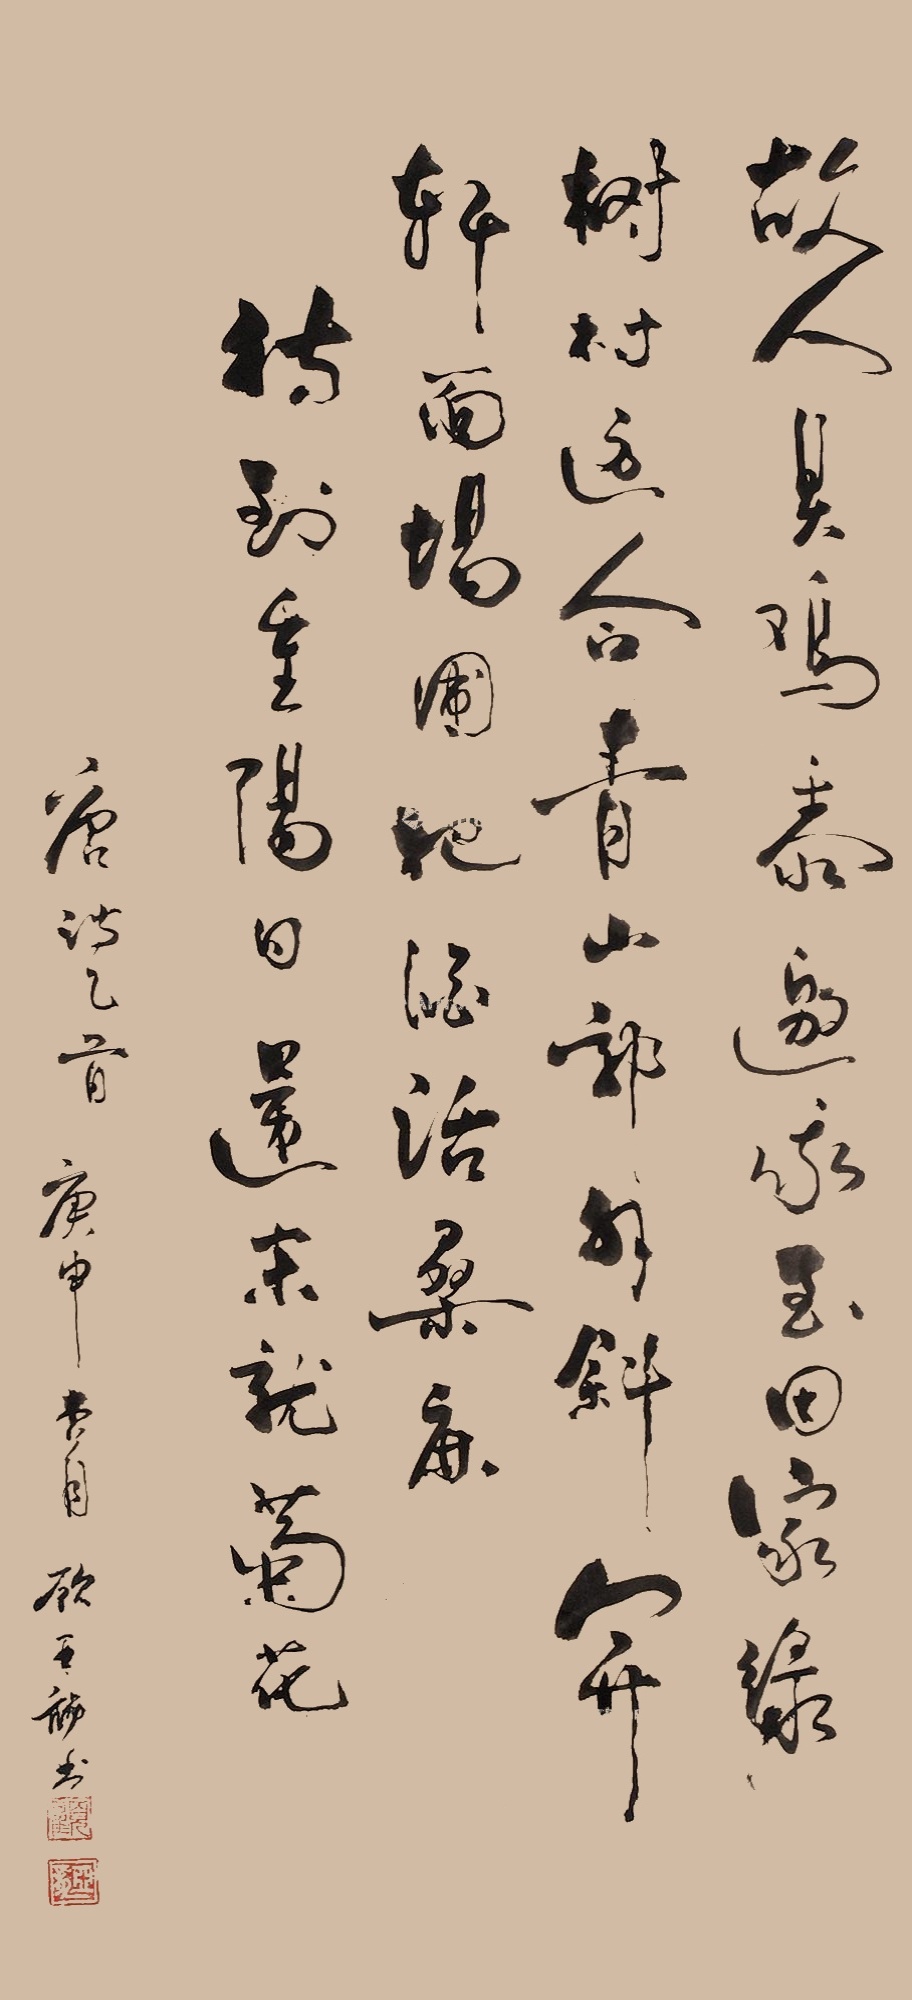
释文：故人具鸡黍，邀我至田家。绿树村边合，青山郭外斜。开轩面场圃，把酒话桑麻。待到重阳日，还来就菊花。唐诗一首。庚申春月，顾亚龙书。